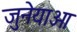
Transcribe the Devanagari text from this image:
जुनेयाओ